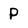
Character: P